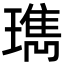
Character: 㻽